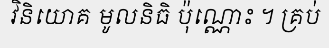
វិនិយោគ មូលនិធិ ប៉ុណ្ណោះ ។ គ្រប់